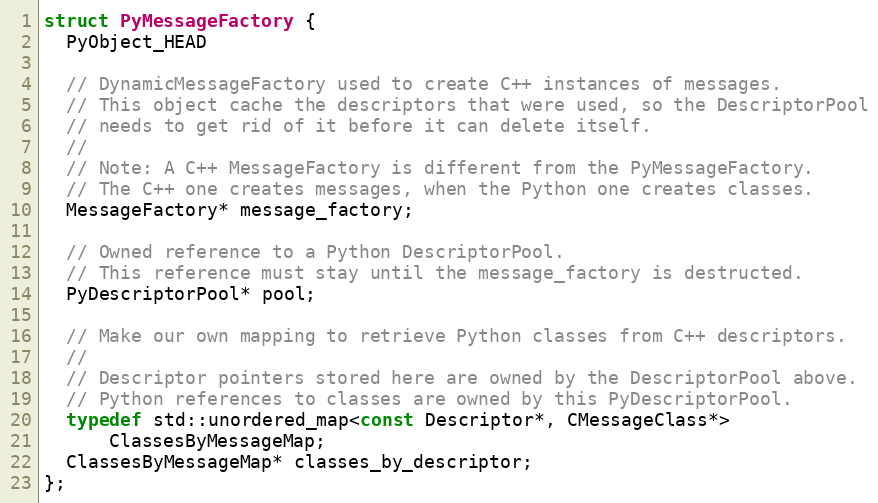
Language: C
struct PyMessageFactory {
  PyObject_HEAD

  // DynamicMessageFactory used to create C++ instances of messages.
  // This object cache the descriptors that were used, so the DescriptorPool
  // needs to get rid of it before it can delete itself.
  //
  // Note: A C++ MessageFactory is different from the PyMessageFactory.
  // The C++ one creates messages, when the Python one creates classes.
  MessageFactory* message_factory;

  // Owned reference to a Python DescriptorPool.
  // This reference must stay until the message_factory is destructed.
  PyDescriptorPool* pool;

  // Make our own mapping to retrieve Python classes from C++ descriptors.
  //
  // Descriptor pointers stored here are owned by the DescriptorPool above.
  // Python references to classes are owned by this PyDescriptorPool.
  typedef std::unordered_map<const Descriptor*, CMessageClass*>
      ClassesByMessageMap;
  ClassesByMessageMap* classes_by_descriptor;
};